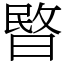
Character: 暋